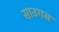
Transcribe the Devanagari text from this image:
साउगस